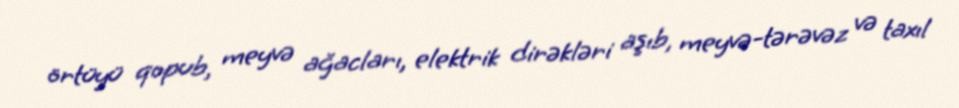
örtüyü qopub, meyvə ağacları, elektrik dirəkləri aşıb, meyvə-tərəvəz və taxıl